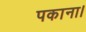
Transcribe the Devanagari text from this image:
पकाना।